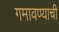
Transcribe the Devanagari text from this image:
गमावण्याची